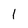
Character: 1